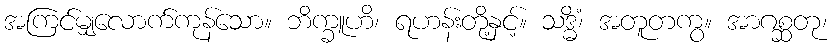
အကြင်မျှလောက်ကုန်သော။ ဘိက္ခူဟိ၊ ရဟန်းတို့နှင့်။ သဒ္ဓိံ၊ အတူတကွ။ အာဂစ္ဆတု၊